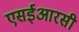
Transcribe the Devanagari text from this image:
एसईआरसी